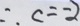
\therefore c = - 2